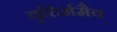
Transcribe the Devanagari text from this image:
वृत्तिर्ममैव